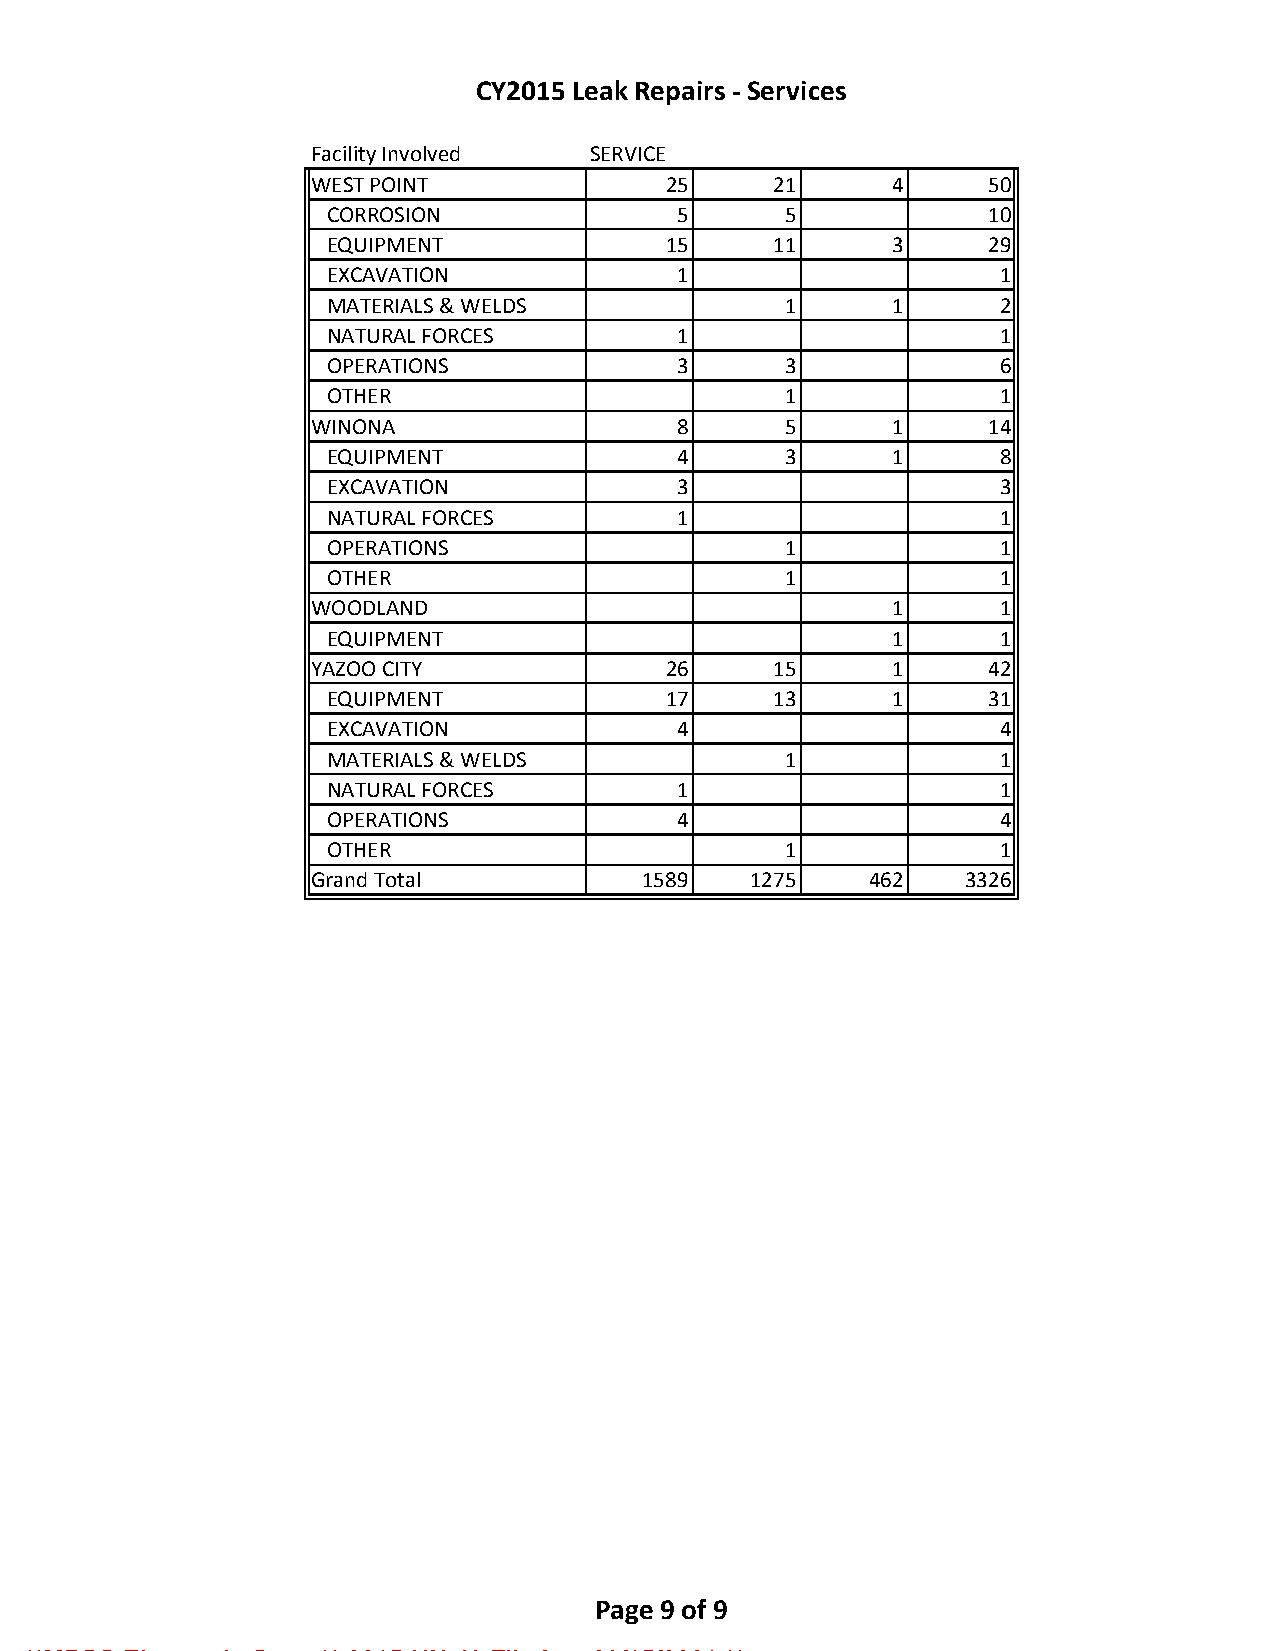
CY2015 Leak Repairs - Services
 Facility Involved  SERVICE
 WEST POINT              25     21      4     50
 CORROSION              5       5            10
 EQUIPMENT              15     11      3     29
 EXCAVATION             1                     1
 MATERIALS & WELDS              1      1      2
 NATURAL FORCES         1                     1
 OPERATIONS             3       3             6
 OTHER                          1             1
 WINONA                  8       5      1     14
 EQUIPMENT              4       3      1      8
 EXCAVATION             3                     3
 NATURAL FORCES         1                     1
 OPERATIONS                     1             1
 OTHER                          1             1
 WOODLAND                               1      1
 EQUIPMENT                             1      1
 YAZOO CITY              26     15      1     42
 EQUIPMENT              17     13      1     31
 EXCAVATION             4                     4
 MATERIALS & WELDS              1             1
 NATURAL FORCES         1                     1
 OPERATIONS             4                     4
 OTHER                          1             1
 Grand Total           1589   1275    462    3326
 Page 9 of 9
 **MPSC Electronic Copy ** 2015-UN-49 Filed on 03/15/2021 **